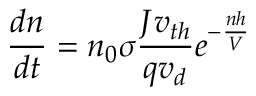
\frac { d n } { d t } = n _ { 0 } \sigma \frac { J v _ { t h } } { q v _ { d } } e ^ { - \frac { n h } { V } }